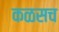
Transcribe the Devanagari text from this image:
कळसच